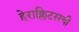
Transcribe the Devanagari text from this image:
हेराक्लिटसची